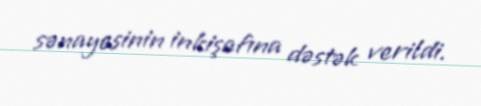
sənayesinin inkişafına dəstək verildi.